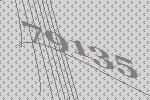
79135